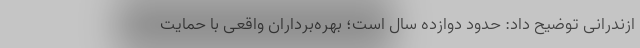
ازندرانی توضیح داد: حدود دوازده سال است؛ بهره‌برداران واقعی با حمایت